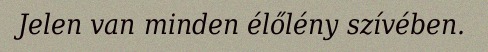
Jelen van minden élőlény szívében.